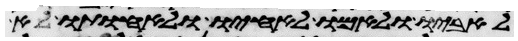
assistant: לאביו ולאמו לאחיו ולאחותו לא